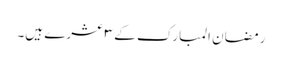
رمضان المبارک کے ٣ عشرے ہیں۔